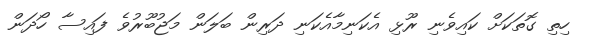
ހިތި ގޮތަކަށް ކައިވެނި ރޫޅި އެކަނިމާއެކަނި ދަރިން ބަލަން މަޖުބޫރުވެ ފައިސާ ހޯދަން